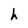
Character: h